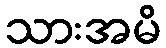
သားအမိ